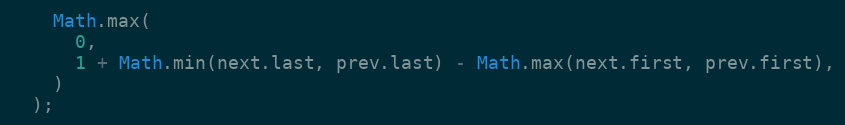
Language: JavaScript
    Math.max(
      0,
      1 + Math.min(next.last, prev.last) - Math.max(next.first, prev.first),
    )
  );